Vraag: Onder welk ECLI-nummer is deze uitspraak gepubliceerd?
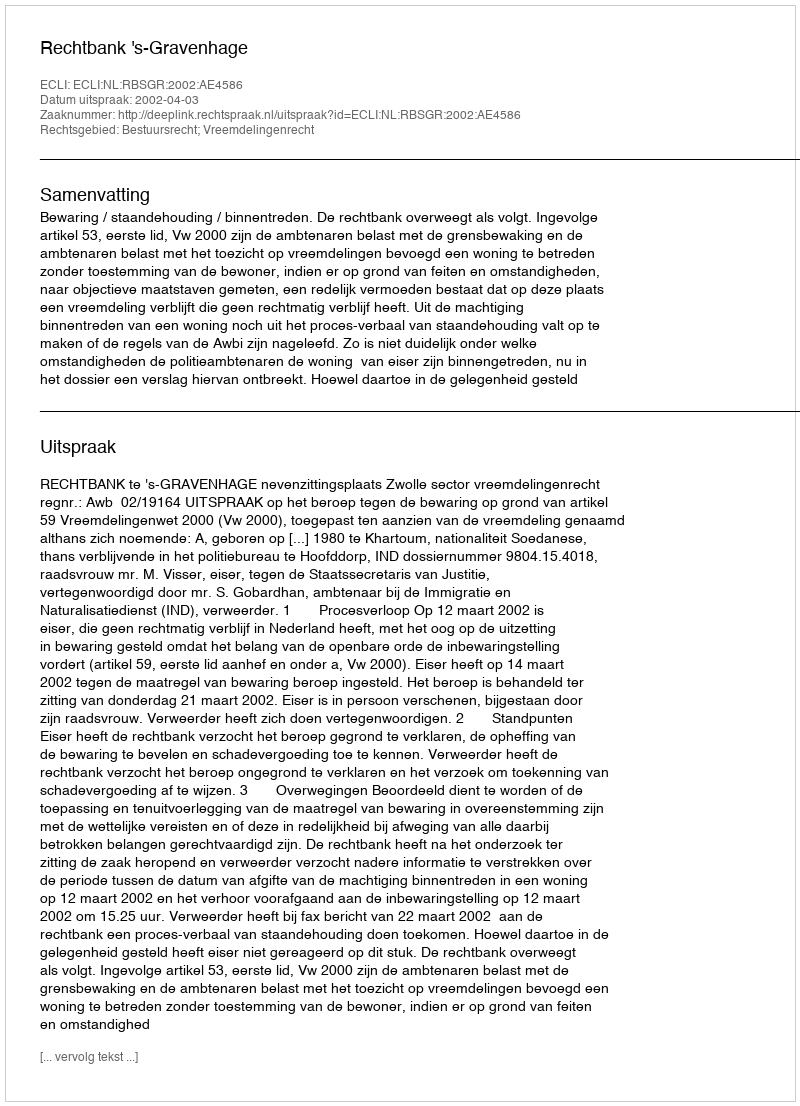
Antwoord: ECLI:NL:RBSGR:2002:AE4586